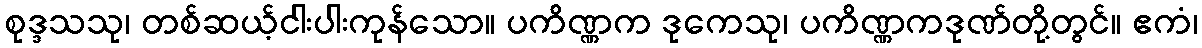
စုဒ္ဒသသု၊ တစ်ဆယ့်ငါးပါးကုန်သော။ ပကိဏ္ဏက ဒုကေသု၊ ပကိဏ္ဏကဒုဏ်တို့တွင်။ ဧကံ၊